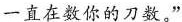
一直在数你的刀数。”